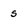
Character: s